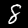
Digit: 8